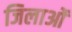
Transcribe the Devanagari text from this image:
जिलाओं